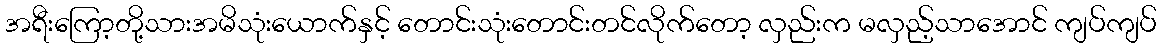
အရီးကြော့တို့သားအမိသုံးယောက်နှင့် တောင်းသုံးတောင်းတင်လိုက်တော့ လှည်းက မလှည့်သာအောင် ကျပ်ကျပ်